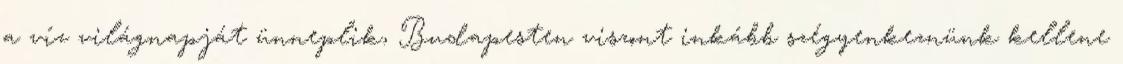
a víz világnapját ünneplik, Budapesten viszont inkább szégyenkeznünk kellene